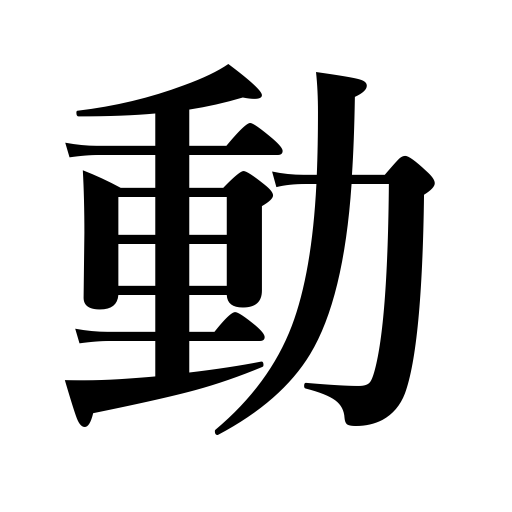
Meanings: shift,swing,be touched,run,deny,rouse,influence,set in motion,inspire,shake,change,fluctuate,motion,be influenced,stir,work,confusion,be transferred,mobilize,operate,vary,go,waver,move